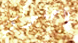
ياحلوتي